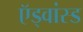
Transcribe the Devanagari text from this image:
ऍड्वांस्ड